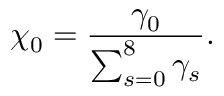
\chi _ { 0 } = \frac { \gamma _ { 0 } } { \sum _ { s = 0 } ^ { 8 } \gamma _ { s } } .